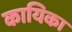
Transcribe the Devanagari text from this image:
कायिका